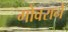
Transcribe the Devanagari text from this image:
गोवराने